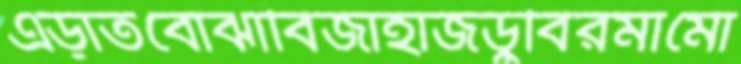
এড়াতবোঝাবিজাহাজডুবিরমামো